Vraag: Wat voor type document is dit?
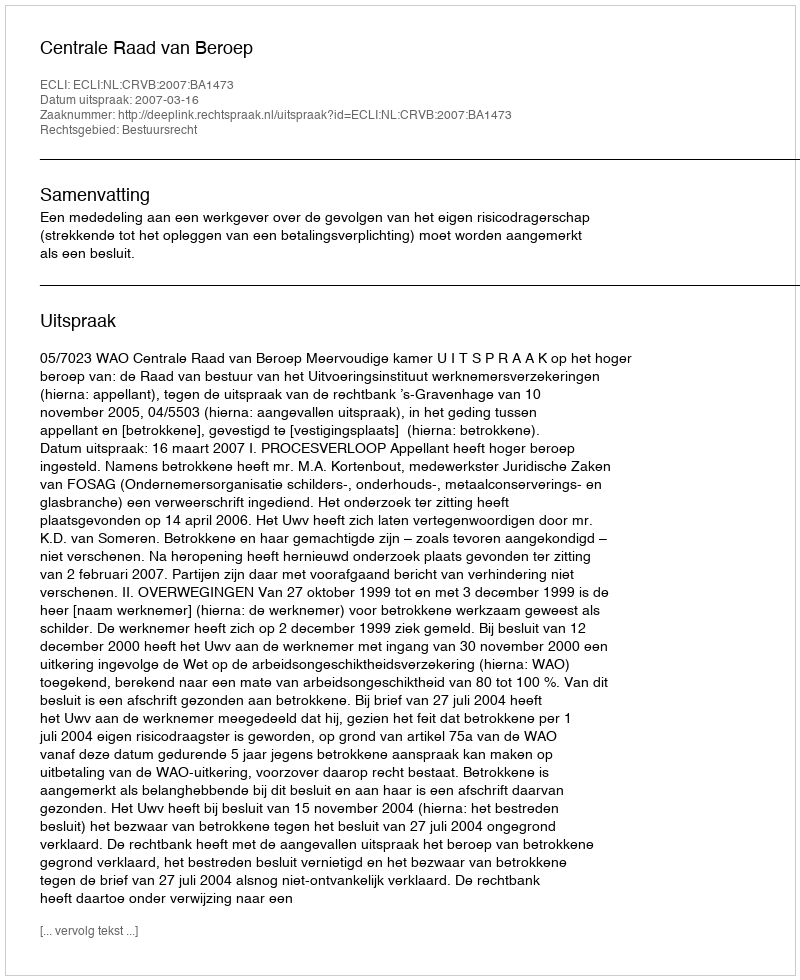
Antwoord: Uitspraak